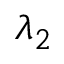
\lambda _ { 2 }